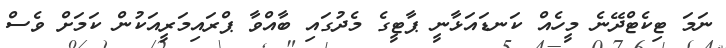
ނަމަ ޓިކެޓްދޭނެ މީހެއް ކަނޑައަޅާނީ ޕާޓީގެ މެދުގައި ބާއްވާ ޕްރައިމަރީއަކުން ކަމަށް ވެސް